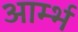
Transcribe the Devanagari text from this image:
आर्म्भ